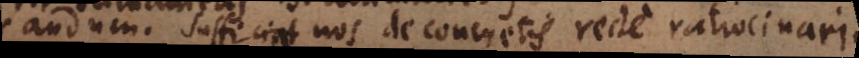
laborandum. Sufficiat nos de concretis recte ratiocinari.